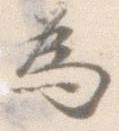
為